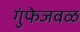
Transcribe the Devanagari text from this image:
गुंफेजवळ